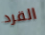
القرد